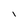
Character: i